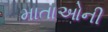
માતાઓની